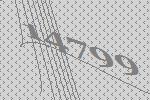
14799